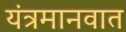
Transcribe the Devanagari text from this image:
यंत्रमानवात